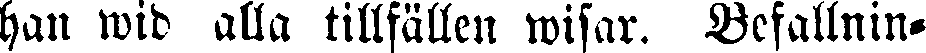
han wid alla tillfällen wisar. Befallnin-